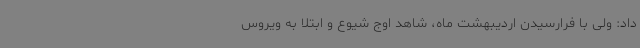
داد: ولی با فرارسیدن اردیبهشت ماه، شاهد اوج شیوع و ابتلا به ویروس